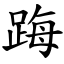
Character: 踇